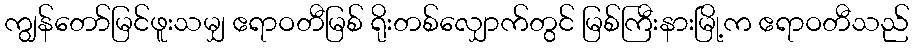
ကျွန်တော်မြင်ဖူးသမျှ ဧရာဝတီမြစ် ရိုးတစ်လျှောက်တွင် မြစ်ကြီးနားမြို့က ဧရာဝတီသည်